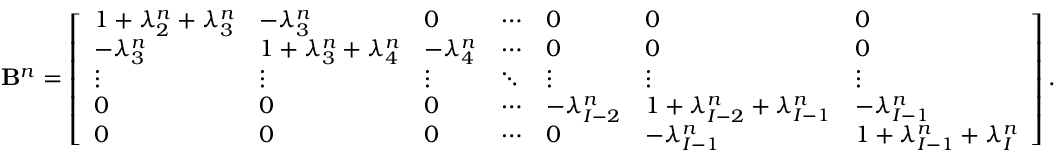
\mathbf { B } ^ { n } = \left[ \begin{array} { l l l l l l l } { 1 + \lambda _ { 2 } ^ { n } + \lambda _ { 3 } ^ { n } } & { - \lambda _ { 3 } ^ { n } } & { 0 } & { \cdots } & { 0 } & { 0 } & { 0 } \\ { - \lambda _ { 3 } ^ { n } } & { 1 + \lambda _ { 3 } ^ { n } + \lambda _ { 4 } ^ { n } } & { - \lambda _ { 4 } ^ { n } } & { \cdots } & { 0 } & { 0 } & { 0 } \\ { \vdots } & { \vdots } & { \vdots } & { \ddots } & { \vdots } & { \vdots } & { \vdots } \\ { 0 } & { 0 } & { 0 } & { \cdots } & { - \lambda _ { I - 2 } ^ { n } } & { 1 + \lambda _ { I - 2 } ^ { n } + \lambda _ { I - 1 } ^ { n } } & { - \lambda _ { I - 1 } ^ { n } } \\ { 0 } & { 0 } & { 0 } & { \cdots } & { 0 } & { - \lambda _ { I - 1 } ^ { n } } & { 1 + \lambda _ { I - 1 } ^ { n } + \lambda _ { I } ^ { n } } \end{array} \right] .